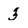
Character: 3